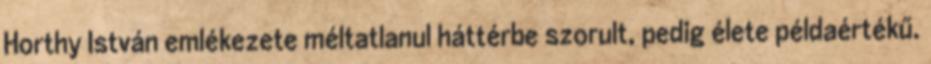
Horthy István emlékezete méltatlanul háttérbe szorult, pedig élete példaértékű.